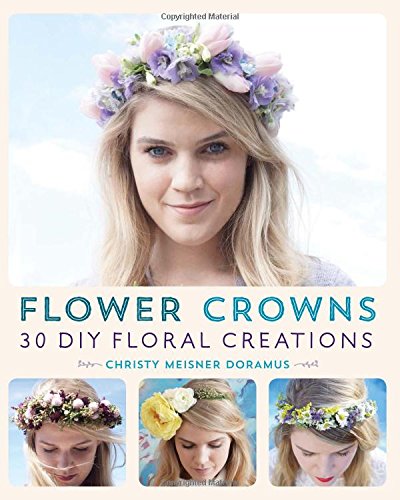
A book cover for Flower Crowns: 30 Enchanting DIY Floral Creations; Christy Meisner Doramus; Crafts, Hobbies & Home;